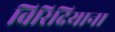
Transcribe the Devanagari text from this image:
विरिदियाना